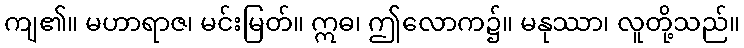
ကျ၏။ မဟာရာဇ၊ မင်းမြတ်။ ဣဓ၊ ဤလောက၌။ မနုဿာ၊ လူတို့သည်။